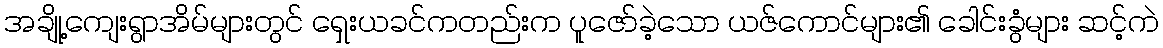
အချို့ကျေးရွာအိမ်များတွင် ရှေးယခင်ကတည်းက ပူဇော်ခဲ့သော ယဇ်ကောင်များ၏ ခေါင်းခွံများ ဆင့်ကဲ